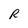
Character: R